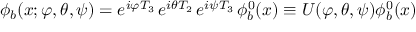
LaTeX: \phi _ { b } ( x ; \varphi , \theta , \psi ) = e ^ { i \varphi T _ { 3 } } \, e ^ { i \theta T _ { 2 } } \, e ^ { i \psi T _ { 3 } } \, \phi _ { b } ^ { 0 } ( x ) \equiv U ( \varphi , \theta , \psi ) \phi _ { b } ^ { 0 } ( x )